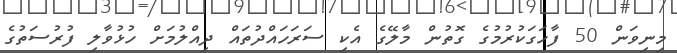
މިނިވަން 50 ފާހަގަކުރުމުގެ ގޮތުން މާލޭގެ އެކި ސަރަހައްދުތައް ދިއްލުމަށް ހުޅުވާލި ފުރުސަތުގެ